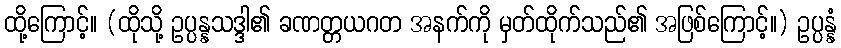
ထို့ကြောင့်။ (ထိုသို့ ဥပ္ပန္နသဒ္ဒါ၏ ခဏတ္တယဂတ အနက်ကို မှတ်ထိုက်သည်၏ အဖြစ်ကြောင့်။) ဥပ္ပန္နံ